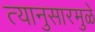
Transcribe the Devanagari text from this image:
त्यानुसारमुळे